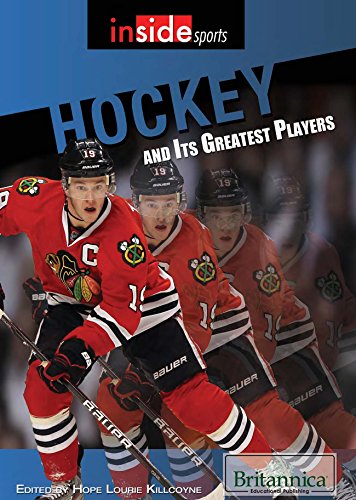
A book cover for Hockey and Its Greatest Players (Inside Sports); Teen & Young Adult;